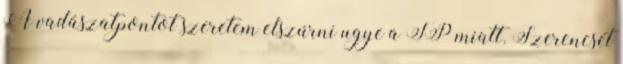
A vadászatpontot szeretem elszúrni ugye a TP miatt. Szerencsét